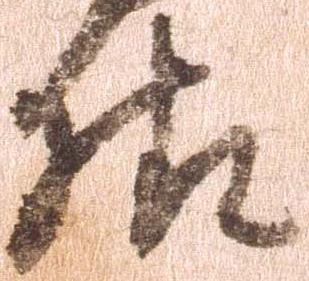
様